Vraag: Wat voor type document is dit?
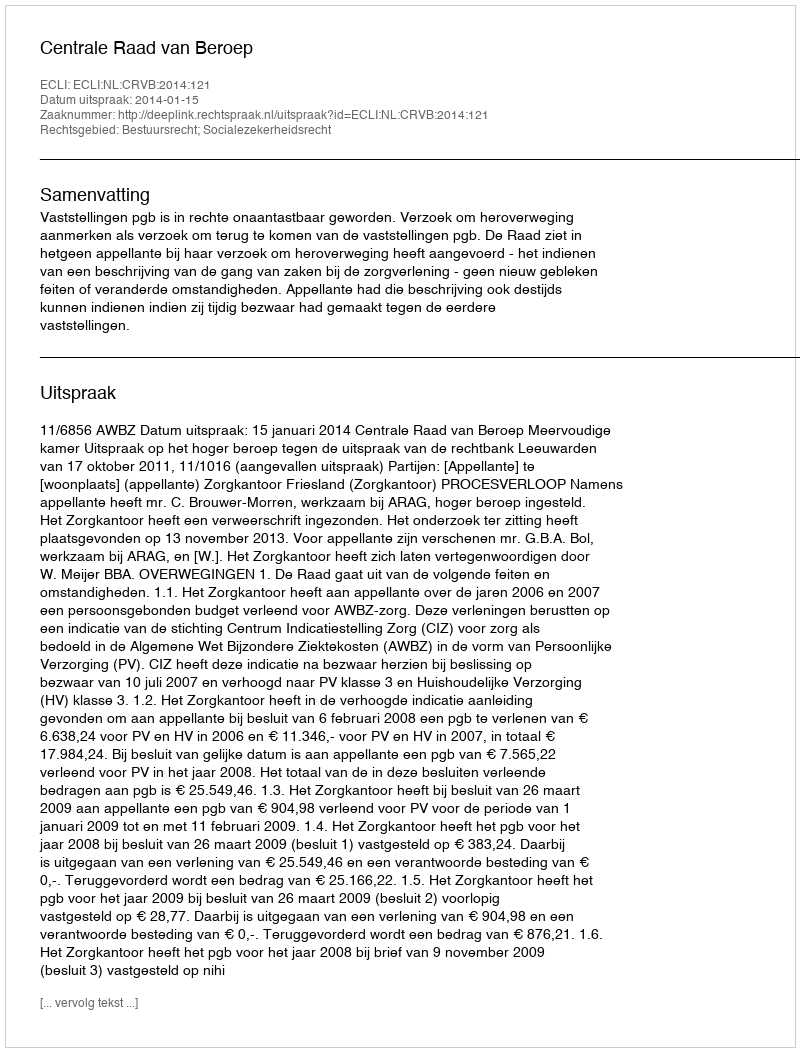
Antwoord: Uitspraak